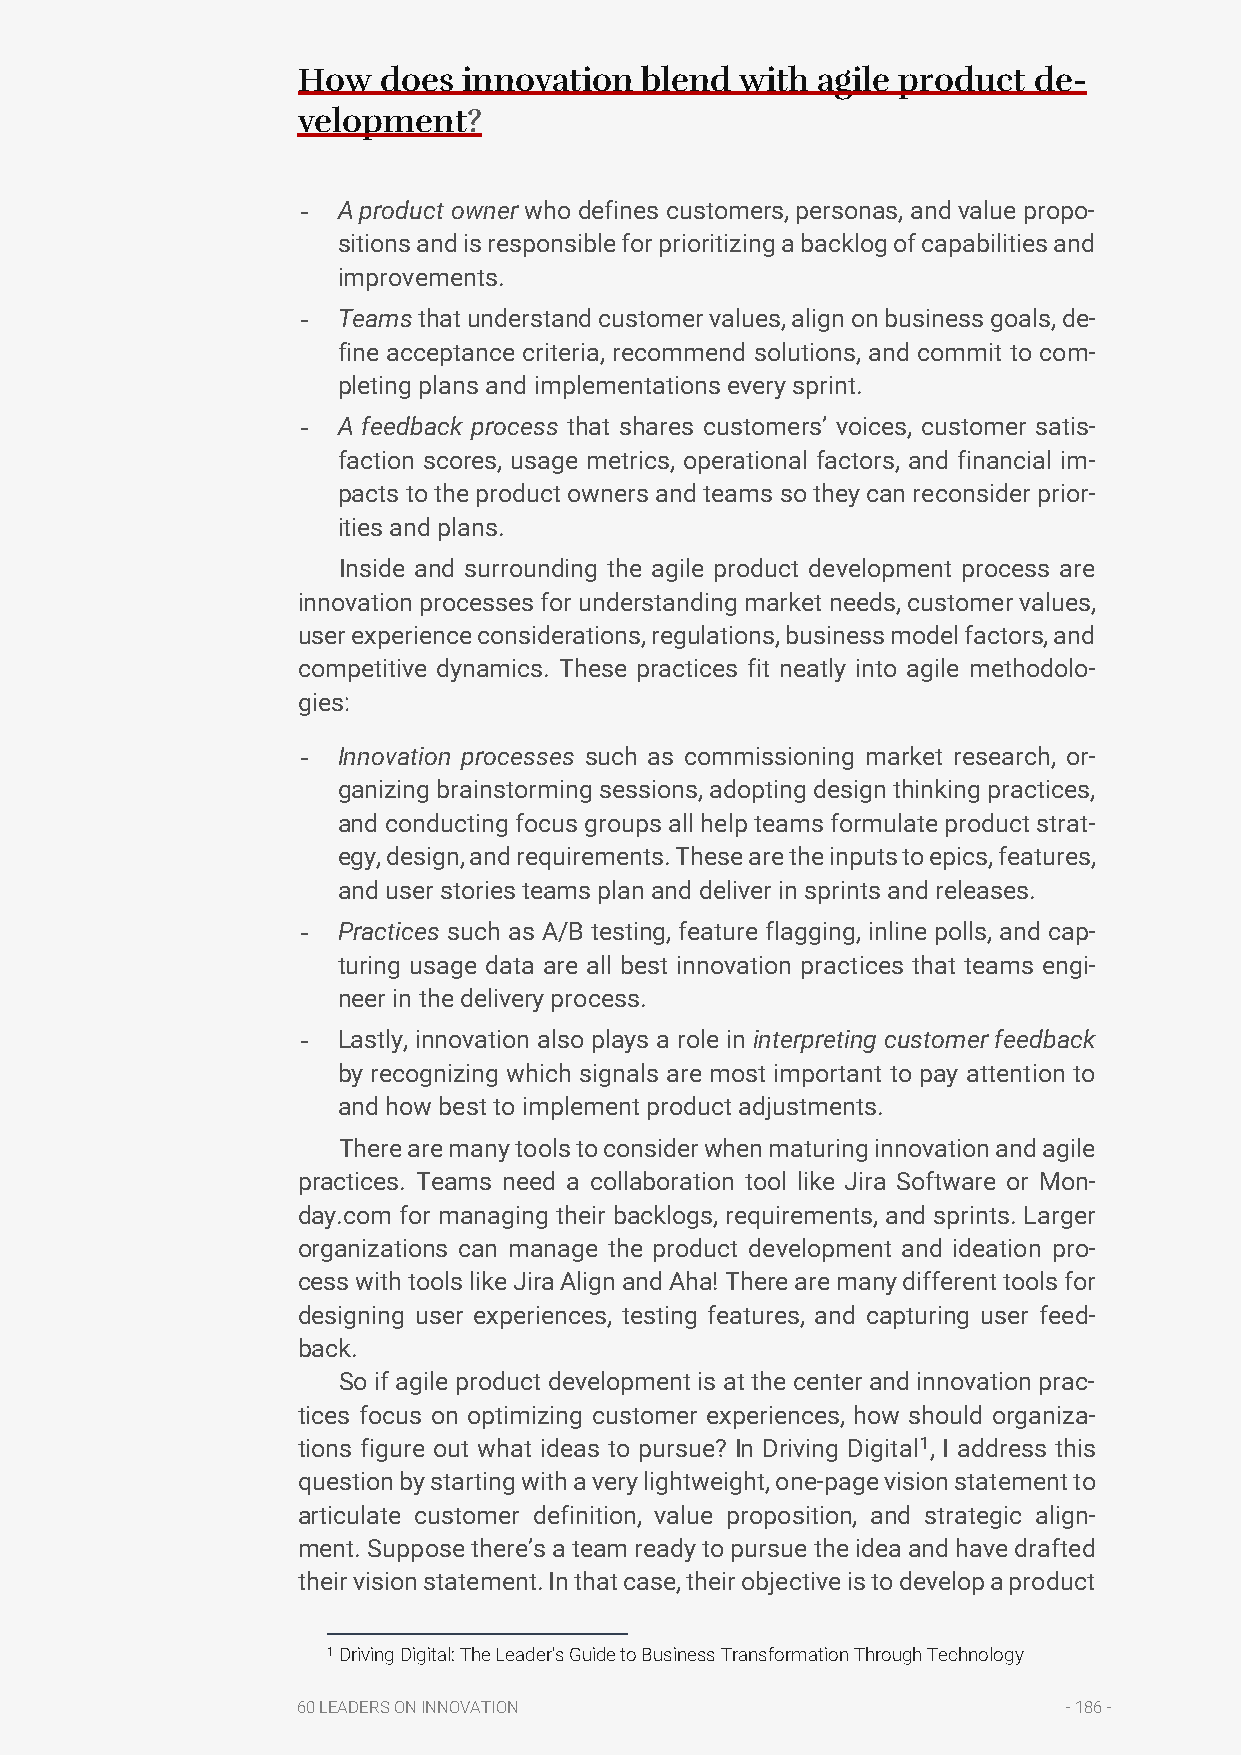
How  does  innovation blend  with agile product de-
 velopment?
 - A product owner who defines customers, personas, and value propo-
 sitions and is responsible for prioritizing a backlog of capabilities and
 improvements.
 - Teams that understand customer values, align on business goals, de-
 fine acceptance criteria, recommend solutions, and commit to com-
 pleting plans and implementations every sprint.
 - A feedback process that shares customers’ voices, customer satis-
 faction scores, usage metrics, operational factors, and financial im-
 pacts to the product owners and teams so they can reconsider prior-
 ities and plans.
 Inside and surrounding the agile product development process are
 innovation processes for understanding market needs, customer values,
 user experience considerations, regulations, business model factors, and
 competitive dynamics. These practices fit neatly into agile methodolo-
 gies:
 - Innovation processes such as commissioning market research, or-
 ganizing brainstorming sessions, adopting design thinking practices,
 and conducting focus groups all help teams formulate product strat-
 egy, design, and requirements. These are the inputs to epics, features,
 and user stories teams plan and deliver in sprints and releases.
 - Practices such as A/B testing, feature flagging, inline polls, and cap-
 turing usage data are all best innovation practices that teams engi-
 neer in the delivery process.
 - Lastly, innovation also plays a role in interpreting customer feedback
 by recognizing which signals are most important to pay attention to
 and how best to implement product adjustments.
 There are many tools to consider when maturing innovation and agile
 practices. Teams need a collaboration tool like Jira Software or Mon-
 day.com for managing their backlogs, requirements, and sprints. Larger
 organizations can manage the product development and ideation pro-
 cess with tools like Jira Align and Aha! There are many different tools for
 designing user experiences, testing features, and capturing user feed-
 back.
 So if agile product development is at the center and innovation prac-
 tices focus on optimizing customer experiences, how should organiza-
 tions figure out what ideas to pursue? In Driving Digital1, I address this
 question by starting with a very lightweight, one-page vision statement to
 articulate customer definition, value proposition, and strategic align-
 ment. Suppose there’s a team ready to pursue the idea and have drafted
 their vision statement. In that case, their objective is to develop a product
 1 Driving Digital: The Leader's Guide to Business Transformation Through Technology
 60 LEADERS ON INNOVATION                           - 186 -